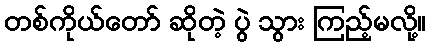
တစ်ကိုယ်တော် ဆိုတဲ့ ပွဲ သွား ကြည့်မလို့။